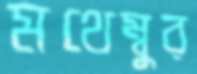
মথেম্বুর